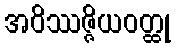
အဝိဿဇ္ဇိယဝတ္ထု